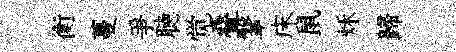
衡蔓爭聴觉叠鞶床鼠秌歸